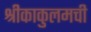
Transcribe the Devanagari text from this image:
श्रीकाकुलमची